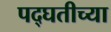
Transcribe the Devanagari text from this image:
पद्घतीच्या